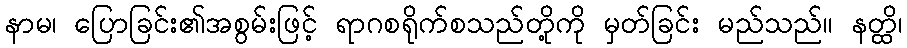
နာမ၊ ပြောခြင်း၏အစွမ်းဖြင့် ရာဂစရိုက်စသည်တို့ကို မှတ်ခြင်း မည်သည်။ နတ္ထိ၊